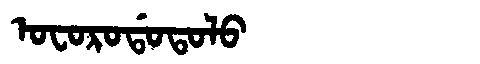
Manchu: ᠣᠸᠣᡵᠣᡩᠣᡨᠣᠯᠣ
Romanization: OFORODOTOLO